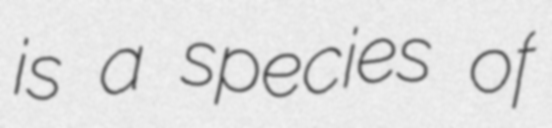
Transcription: is a species of